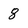
Character: 8